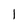
Character: 1